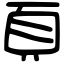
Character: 頁